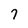
Character: 7